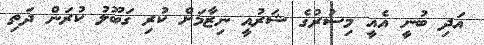
އަދި ބުނީ އެއީ މިސުރުގެ ޝަރުއީ ނިޒާމަށް ކުރި ގަބޫލު ކުރަން ދަތި